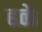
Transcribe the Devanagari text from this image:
हळे